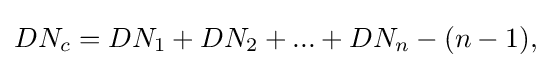
DN_{c}=DN_{1}+DN_{2}+...+DN_{n}-(n-1),\